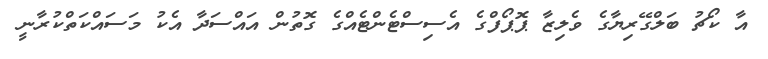
އާ ކޯޗު ބަލްގޭރިޔާގެ ވެލިޒާ ޕޮޕޯފްގެ އެސިސްޓެންޓެއްގެ ގޮތުން އައްސަދާ އެކު މަސައްކަތްކުރާނީ